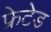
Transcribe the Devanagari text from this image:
फ्रेटेड